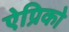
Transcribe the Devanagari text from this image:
ऐप्रिको